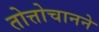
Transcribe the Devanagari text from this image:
तोत्तोचानने